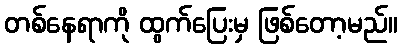
တစ်နေရာကို ထွက်ပြေးမှ ဖြစ်တော့မည်။